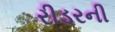
રીડરની